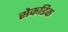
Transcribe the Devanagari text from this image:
सेकडिक